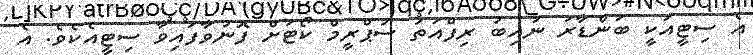
އެ ސިޓީއަކީ ބަންޑާރަ ނައިބު ރިފްއަތު ސުޕްރީމް ކޯޓަށް ފޮނުވާފައިވާ ސިޓީއެކެވެ. އެ